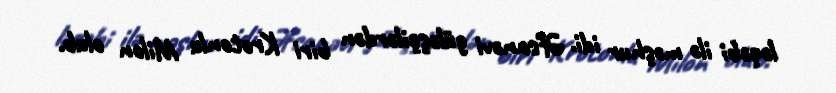
ləqəbi ilə məşhur idi. Əfsanəvi güləşçilərdən biri Krotonlu Milon olub.